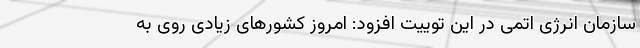
سازمان انرژی اتمی در این توییت افزود: امروز کشورهای زیادی روی به